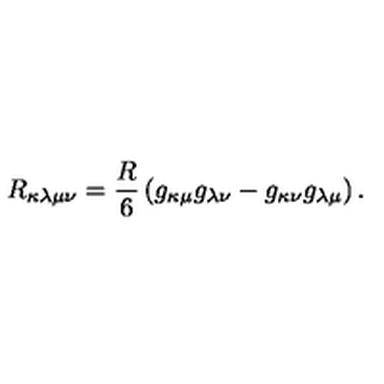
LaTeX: R _ { \kappa \lambda \mu \nu } = \frac { R } { 6 } \left( g _ { \kappa \mu } g _ { \lambda \nu } - g _ { \kappa \nu } g _ { \lambda \mu } \right) .